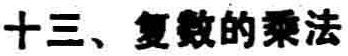
十三、复数的乘法